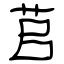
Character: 苢